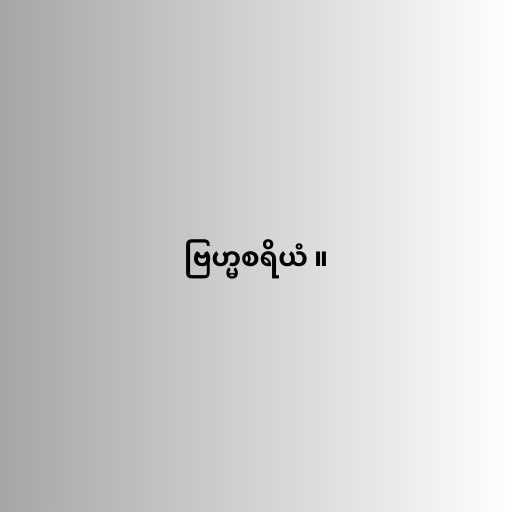
ဗြဟ္မစရိယံ ။